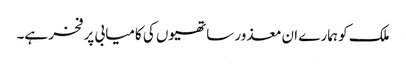
ملک کو ہمارے ان معذور ساتھیوں کی کامیابی پر فخر ہے۔